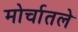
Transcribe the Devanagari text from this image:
मोर्चातले